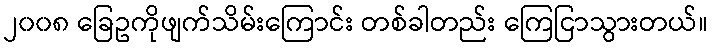
၂၀၀၈ ခြေဥကိုဖျက်သိမ်းကြောင်း တစ်ခါတည်း ကြေငြာသွားတယ်။